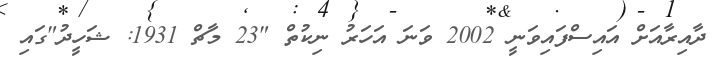
ދާއިރާއަށް އައިސްފައިވަނީ 2002 ވަނަ އަހަރު ނިކުތް "23 މާޗް 1931: ޝަހީދު"ގައި